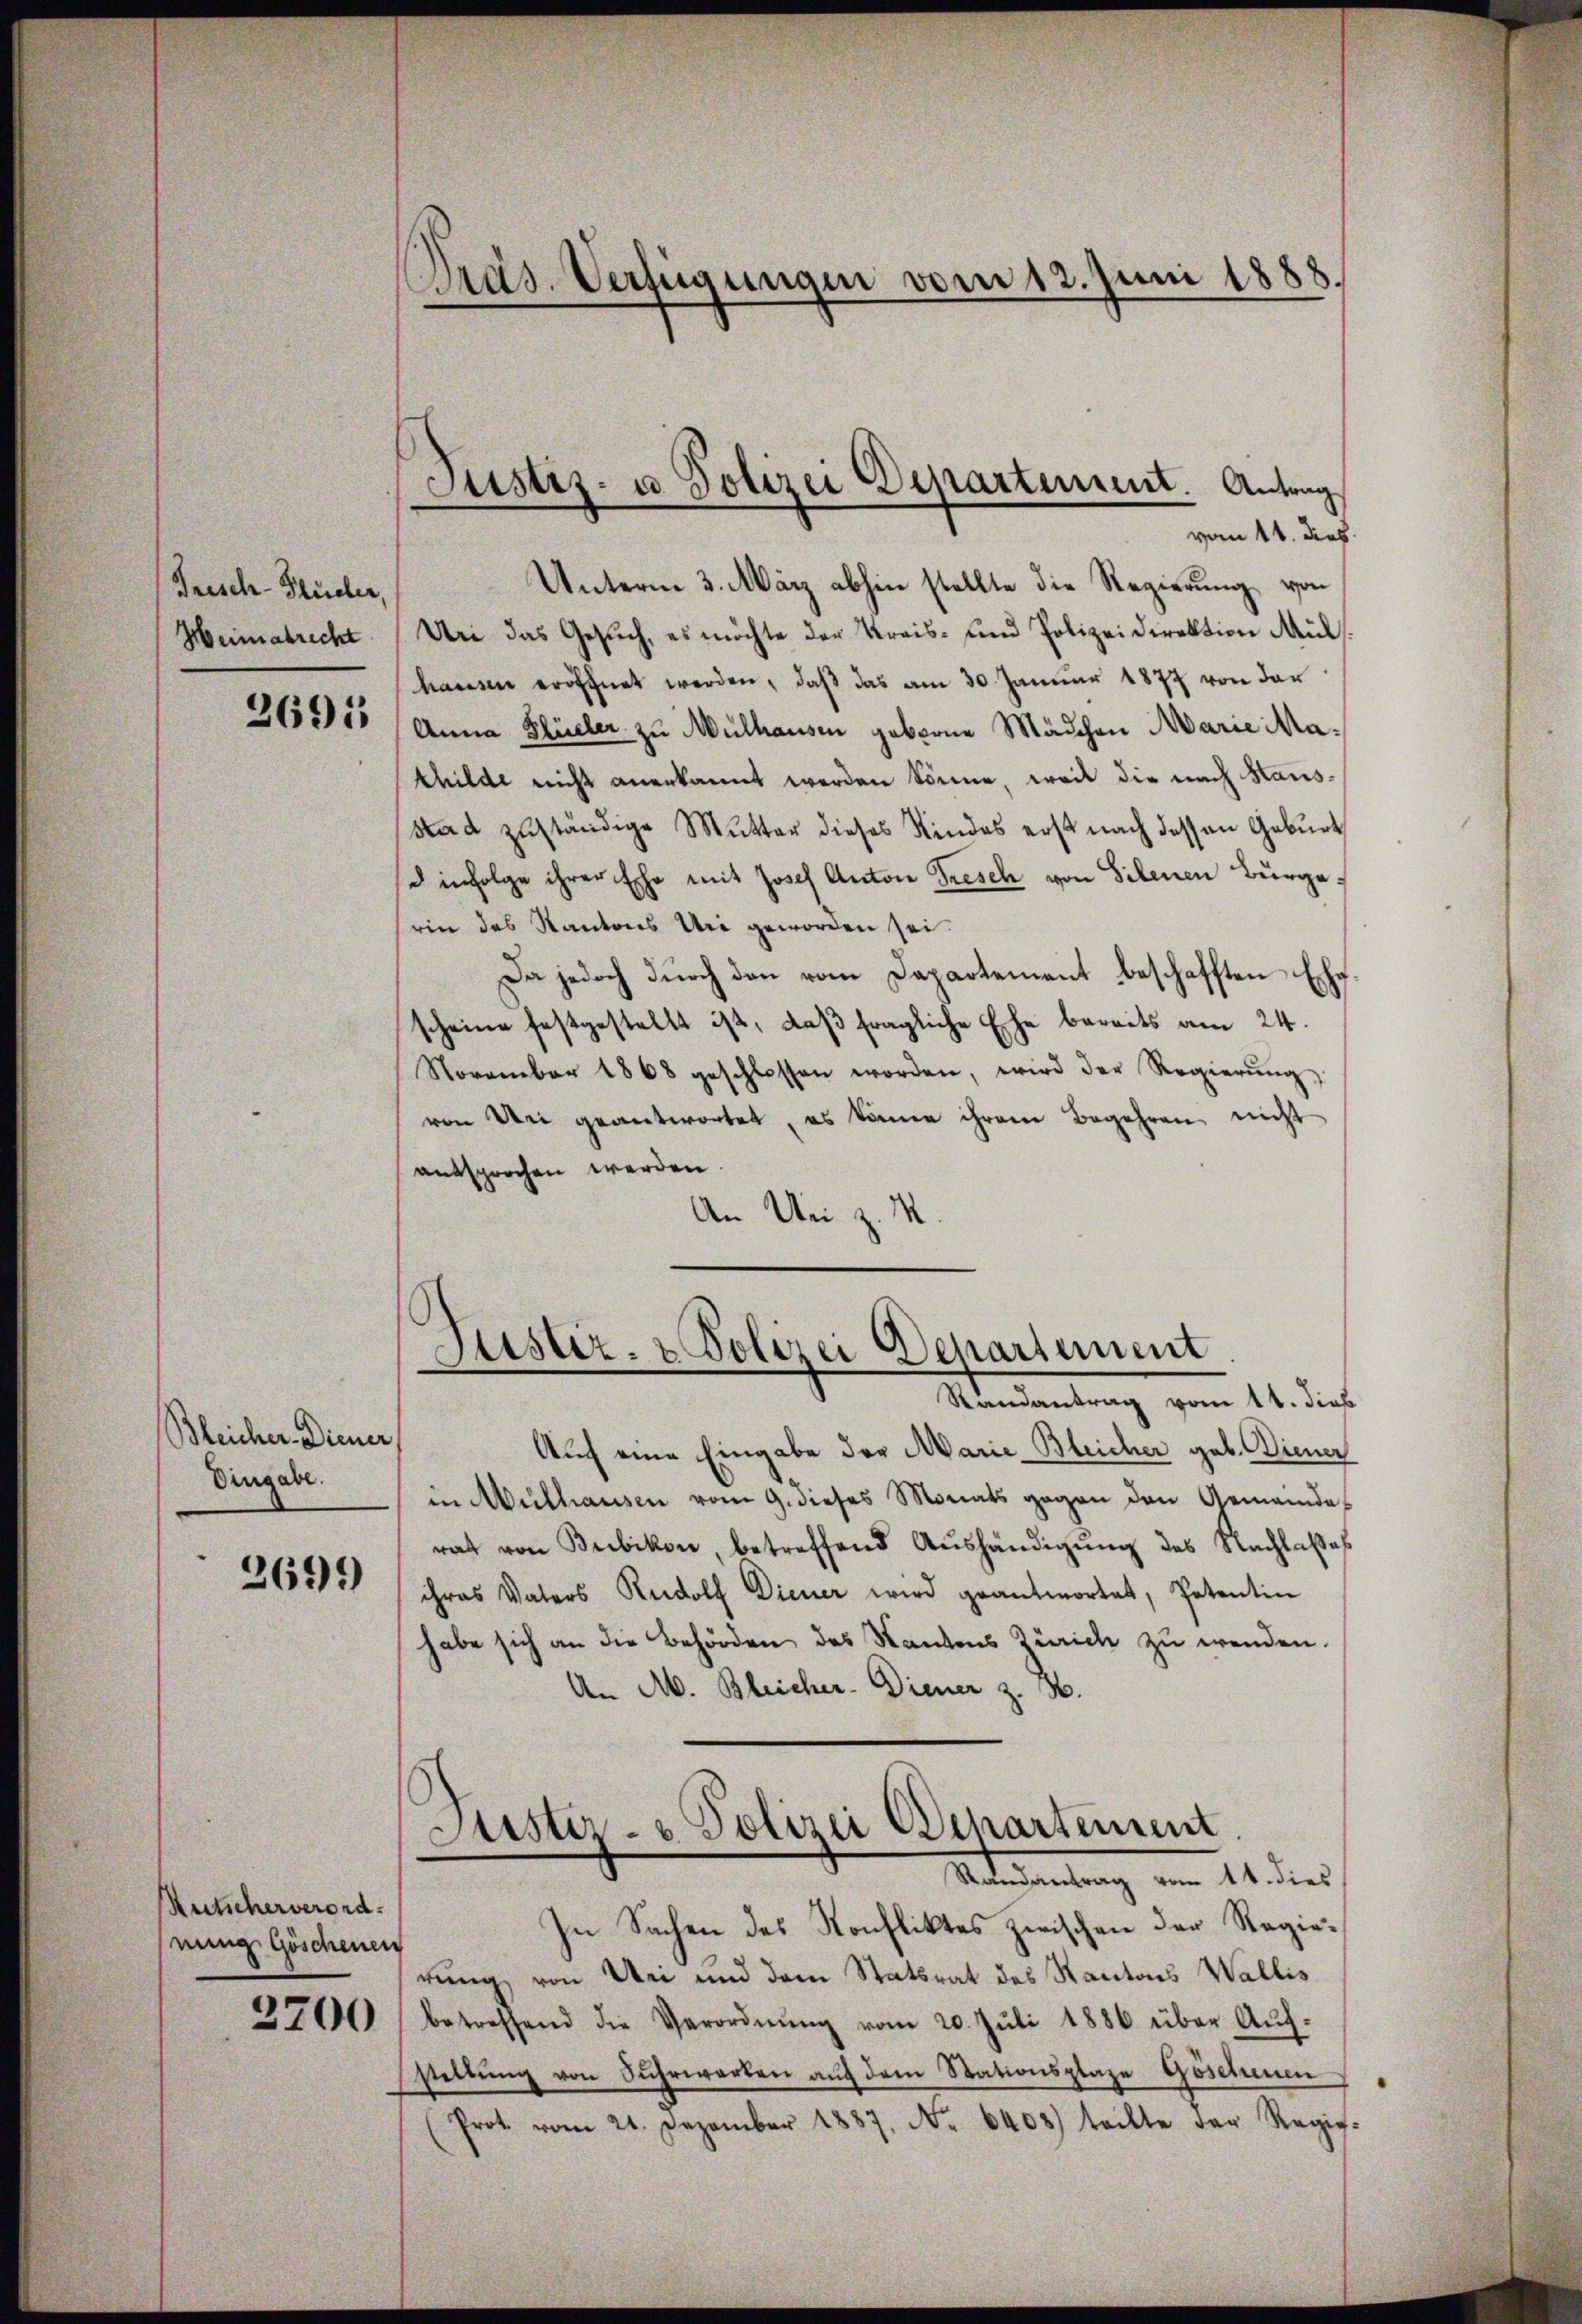
Frisch-Studer,
Heimatrecht

2691

Bleicher-Diener,
Dingabe.

2691)

Reitscherverord.
einig Göschenen
3700

Präs. Verfügungen vom 12. Juni 1888.

vom 11. dies
Unterm 3. März abhin stellte die Regierung von
Un das Gesuch, es möchte der Kreis- und Polizeidirektion Mül
hausen eröffnet werden, daβ das am 30. Januar 1877 von der
Anna Flüeler zu Mülhausen geborne Mädchen Marie Mathilde nicht anerkannt werden könne, weil die nach Hausstad zuständige Mutter dieses Kindes erst nach dessen Geburt
 infolge ihrer Ehe mit Josef Anton Tresch von Silenen Bürge
rin das Kantons Uri geworden sei.
Da jedoch dŭrch den vom Departement beschafften Ehe.
scheine festgestellt ist, daß fragliche Ehe bereits am 24.
November 1868 geschlossen worden, wird der Regierŭng
von Uri geantwortet, es könne ihrem Begehren nicht
entsprochen werden.
An Ui z. M.

Justiz- u Polizei Departement. Antrag

Justiz- & Polizei Departement
Randantrag vom 11. dies

Auch eine Eingabe der Marie Bleicher geb. Diener
in Mülhausen vom 9. dieses Monats gegen den Gemeindes
rat von Bubikon, betreffend Aŭshändigŭng des Nachlasses
ihres Vaters Rudolf Diener wird geantwortet, Petentin
habe sich an die Behörden des Kantons Zürich zu wenden.
A. M. Bleicher-Diener z. B.
Justiz- u. Polizei Departement
Randantrag vom 14. dies
In Sachen des Konfliktes zwischen der Regierung von An und dem Statsrat des Kantons Wallis
betreffend die Verordnŭng vom 20. Jŭli 1886 über Aŭf-
stellung von Suhrwerken auf dem Stationsplaze Geschenen
Prot. vom 21. Dezember 1887. No. 6408) teilte der Regig-